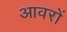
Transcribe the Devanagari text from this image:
आवरों